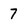
Character: 7